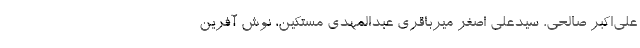
علی‌اکبر صالحی، سیدعلی اصغر میرباقری عبدالمهدی مستکین، نوش آفرین